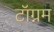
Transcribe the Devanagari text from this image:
टॉग्नम